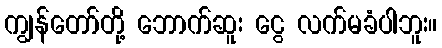
ကျွန်တော်တို့ ဘောက်ဆူး ငွေ လက်မခံပါဘူး။